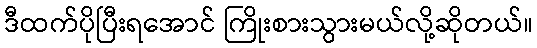
ဒီထက်ပိုပြီးရအောင် ကြိုးစားသွားမယ်လို့ဆိုတယ်။